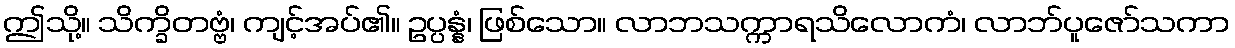
ဤသို့။ သိက္ခိတဗ္ဗံ၊ ကျင့်အပ်၏။ ဥပ္ပန္နံ၊ ဖြစ်သော။ လာဘသက္ကာရသိလောကံ၊ လာဘ်ပူဇော်သကာ